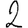
Digit: 2